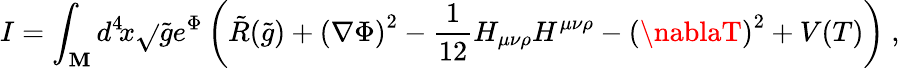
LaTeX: I=\int_{\cal{\mathbf{M}}}d^{4}\! x\sqrt{}{{\tilde{{g}}}}e^{\Phi}\left(\tilde{{R}}(\tilde{{g}})+\left(\nabla\Phi\right)^{2}-{\frac{{1}}{{12}}}H_{\mu\nu\rho}H^{\mu\nu\rho}-\left(\nablaT\right)^{2}+V(T)\right)\ ,